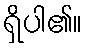
ရှိပါ၏။